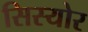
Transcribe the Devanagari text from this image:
सिस्योर